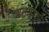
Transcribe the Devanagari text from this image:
मसाहाशी